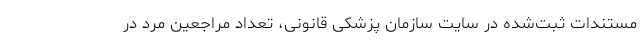
مستندات ثبت‌شده در سایت سازمان پزشکی قانونی، تعداد مراجعین مرد در